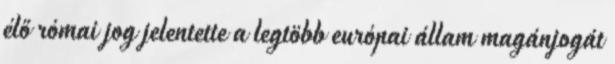
élő római jog jelentette a legtöbb európai állam magánjogát